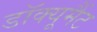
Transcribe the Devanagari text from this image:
डॉक्यूमैंट